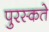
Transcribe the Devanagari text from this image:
पुरस्कते